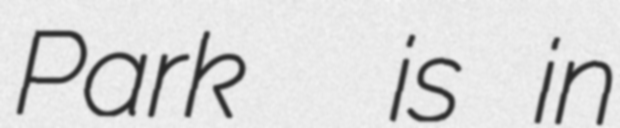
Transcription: Park  is in